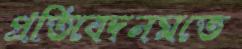
প্রতিবেদনমতে